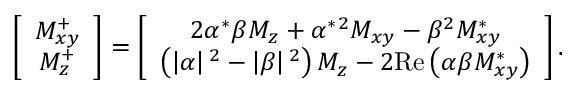
\left[ \begin{array} { c } { M _ { x y } ^ { + } } \\ { M _ { z } ^ { + } } \end{array} \right] = \left[ \begin{array} { c } { 2 \alpha ^ { * } \beta M _ { z } + \alpha ^ { * } { { } ^ { 2 } } M _ { x y } - \beta { { } ^ { 2 } } M _ { x y } ^ { * } } \\ { \left( \left| \alpha \right| { { } ^ { 2 } } - \left| \beta \right| { { } ^ { 2 } } \right) M _ { z } - 2 \mathrm { R e } \left( \alpha \beta M _ { x y } ^ { * } \right) } \end{array} \right] .